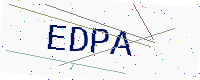
Text: EDPA